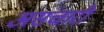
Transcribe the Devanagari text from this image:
असंचारी